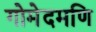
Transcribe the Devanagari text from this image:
गोमेदमणि